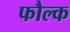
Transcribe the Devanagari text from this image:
फौल्क